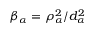
\beta _ { \alpha } = \rho _ { \alpha } ^ { 2 } / d _ { \alpha } ^ { 2 }